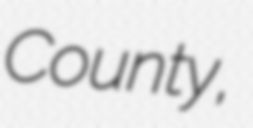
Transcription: County,